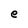
Character: e